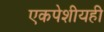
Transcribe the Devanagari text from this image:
एकपेशीयही